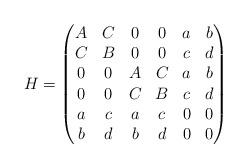
LaTeX: \begin{align*} H = \begin{pmatrix} A&C & 0&0& a & b \\ C&B & 0&0& c & d \\ 0&0 &A &C& a & b \\ 0&0 &C &B& c & d \\ a & c & a & c & 0 & 0\\ b & d & b & d & 0 & 0 \end{pmatrix}\end{align*}